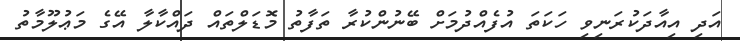
އަދި އިއާދަކުރަނިވި ހަކަތަ އުފެއްދުމަށް ބޭނުންކުރާ ތަފާތު މޮޑަލްތައް ދައްކާލާ އޭގެ މަޢުލޫމާތު